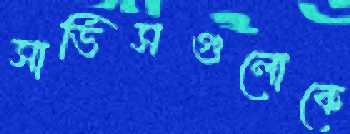
সার্ভিসগুলোকে